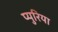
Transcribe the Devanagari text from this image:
प्युरिया